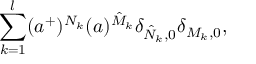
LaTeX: \sum _ { k = 1 } ^ { l } ( a ^ { + } ) ^ { N _ { k } } ( a ) ^ { \hat { M } _ { k } } \delta _ { \hat { N } _ { k } , 0 } \delta _ { M _ { k } , 0 } ,